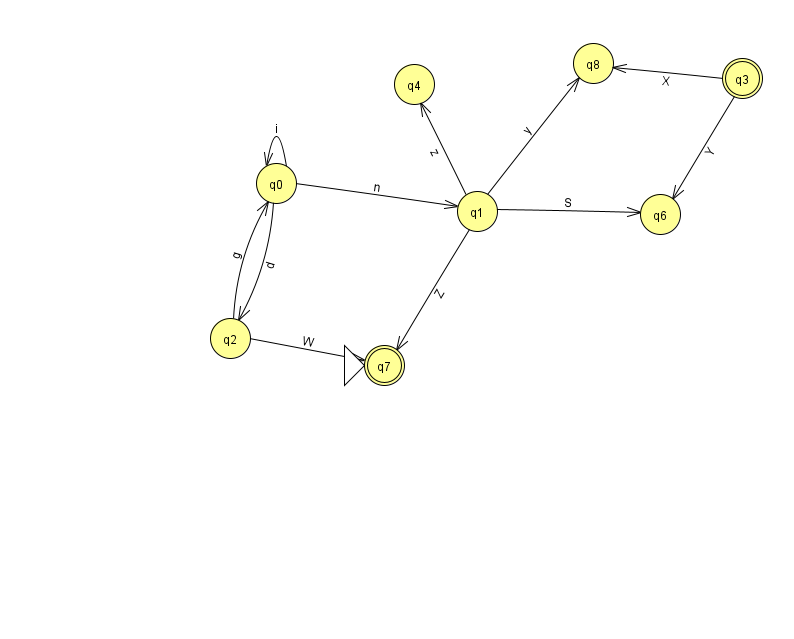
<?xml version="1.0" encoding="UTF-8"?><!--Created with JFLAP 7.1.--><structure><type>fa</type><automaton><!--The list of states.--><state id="0" name="q0"><x>276.0</x><y>170.0</y></state><state id="1" name="q1"><x>477.0</x><y>198.0</y></state><state id="2" name="q2"><x>230.0</x><y>325.0</y></state><state id="3" name="q3"><x>742.0</x><y>65.0</y><final/></state><state id="4" name="q4"><x>414.0</x><y>71.0</y></state><state id="6" name="q6"><x>660.0</x><y>201.0</y></state><state id="7" name="q7"><x>384.0</x><y>352.0</y><initial/><final/></state><state id="8" name="q8"><x>593.0</x><y>50.0</y></state><!--The list of transitions.--><transition><from>1</from><to>6</to><read>S</read></transition><transition><from>1</from><to>8</to><read>y</read></transition><transition><from>3</from><to>6</to><read>Y</read></transition><transition><from>2</from><to>7</to><read>W</read></transition><transition><from>0</from><to>1</to><read>n</read></transition><transition><from>1</from><to>4</to><read>z</read></transition><transition><from>0</from><to>0</to><read>i</read></transition><transition><from>3</from><to>8</to><read>X</read></transition><transition><from>0</from><to>2</to><read>d</read></transition><transition><from>1</from><to>7</to><read>Z</read></transition><transition><from>2</from><to>0</to><read>g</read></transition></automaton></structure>